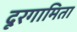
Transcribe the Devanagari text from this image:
दूरगामिता